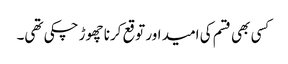
کسی بھی قسم کی امید اور توقع کرنا چھوڑ چکی تھی۔